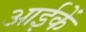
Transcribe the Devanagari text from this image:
आईकें